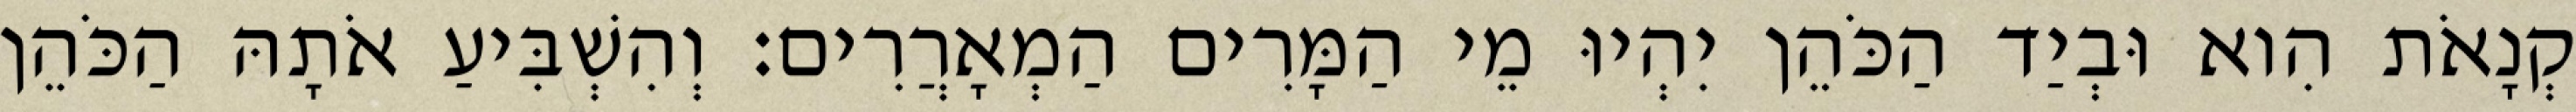
קְנָאֹת הִוא וּבְיַד הַכֹּהֵן יִהְיוּ מֵי הַמָּרִים הַמְאָרֲרִים׃ וְהִשְׁבִּיעַ אֹתָהּ הַכֹּהֵן